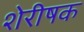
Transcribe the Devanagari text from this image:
शेरीषक